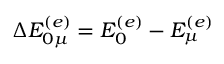
\Delta E _ { 0 \mu } ^ { ( e ) } = E _ { 0 } ^ { ( e ) } - E _ { \mu } ^ { ( e ) }